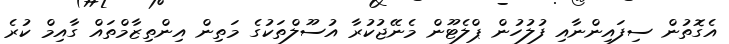
އެގޮތުން ސިފައިންނާއި ފުލުހުން ޕްލެޓޫން މެނޭޖުކުރާ އުސޫލްތަކުގެ މަތިން އިންތިޒާމްތައް ގާއިމް ކުރެ